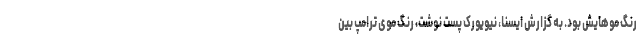
رنگ موهایش بود. به گزارش ایسنا، نیویورک پست نوشت، رنگ موی ترامپ بین